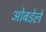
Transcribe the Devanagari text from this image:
ओबडेले